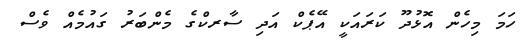
ހަމަ މިހެން އޮޅުދޫ ކަރައަކީ އޭޕެކް އަދި ސާރކްގެ މެންބަރު ގައުމެއް ވެސް